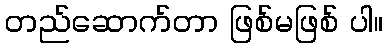
တည်ဆောက်တာ ဖြစ်မဖြစ် ပါ။